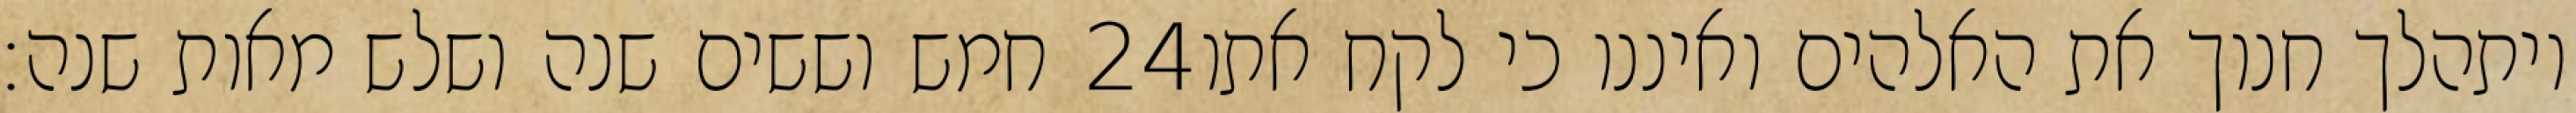
חמש וששים שנה ושלש מאות שנה׃ ‎24‏ ויתהלך חנוך את האלהים ואיננו כי לקח אתו